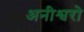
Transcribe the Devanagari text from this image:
अनीश्वरो